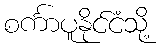
စင်္ကာပူနိုင်ငံသို့